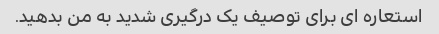
استعاره ای برای توصیف یک درگیری شدید به من بدهید.